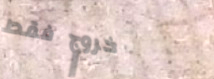
خروج فقط